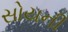
સોયની